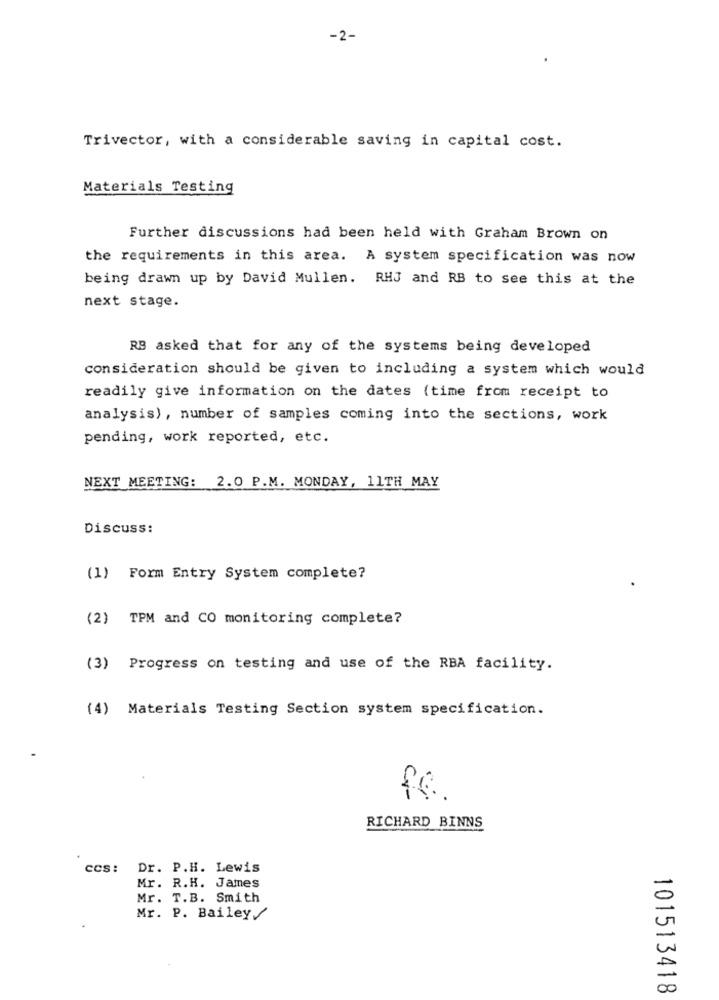
-2-
Trivector, with a considerable saving in capital cost.
Materials Testing
Further discussions had been held with Graham Brown on
the requirements in this area. A system specification was now
being drawn up by David Mullen. RHJ and RB to see this at the
next stage.
RB asked that for any of the systems being developed
consideration should be given to including a system which would
readily give information on the dates (time from receipt to
analysis), number of samples coming into the sections, work
pending, work reported, etc.
NEXT MEETING: 2.0 P.M. MONDAY, 11TH MAY
Discuss:
(1) Form Entry System complete?
(2) TPM and CO monitoring complete?
(3) Progress on testing and use of the RBA facility.
(4) Materials Testing Section system specification.
fc.
RICHARD BINNS
ccs: Dr. P.H. Lewis
Mr. R.H. James
Mr. T.B. Smith
Mr. P. Bailey/
101513418